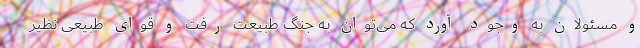
و مسئولان به وجود آورد که می‌توان به جنگ طبیعت رفت و قوای طبیعی نظیر